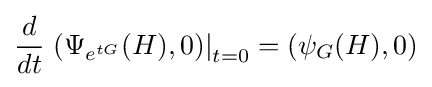
{\frac {d}{dt}}\left.(\Psi _{e^{tG}}(H),0)\right|_{t=0}=(\psi _{G}(H),0)